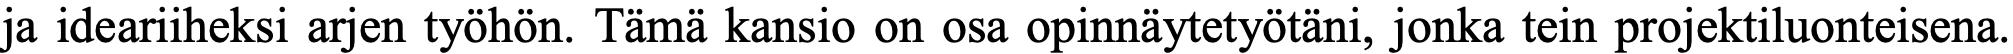
ja ideariiheksi arjen työhön. Tämä kansio on osa opinnäytetyötäni, jonka tein projektiluonteisena.